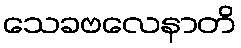
သေခဗလေနာတိ